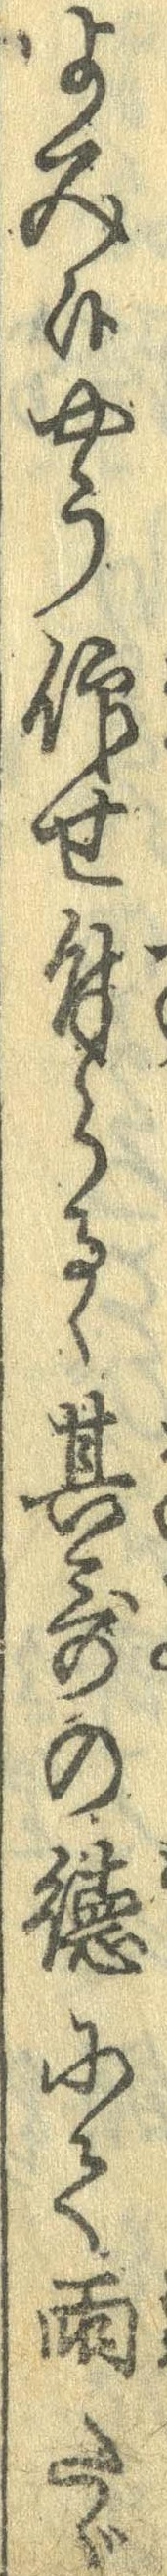
よみ候やう仰せ付らるゝ其歌の徳にて雨たゞ